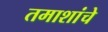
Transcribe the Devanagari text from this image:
तमाशांचे